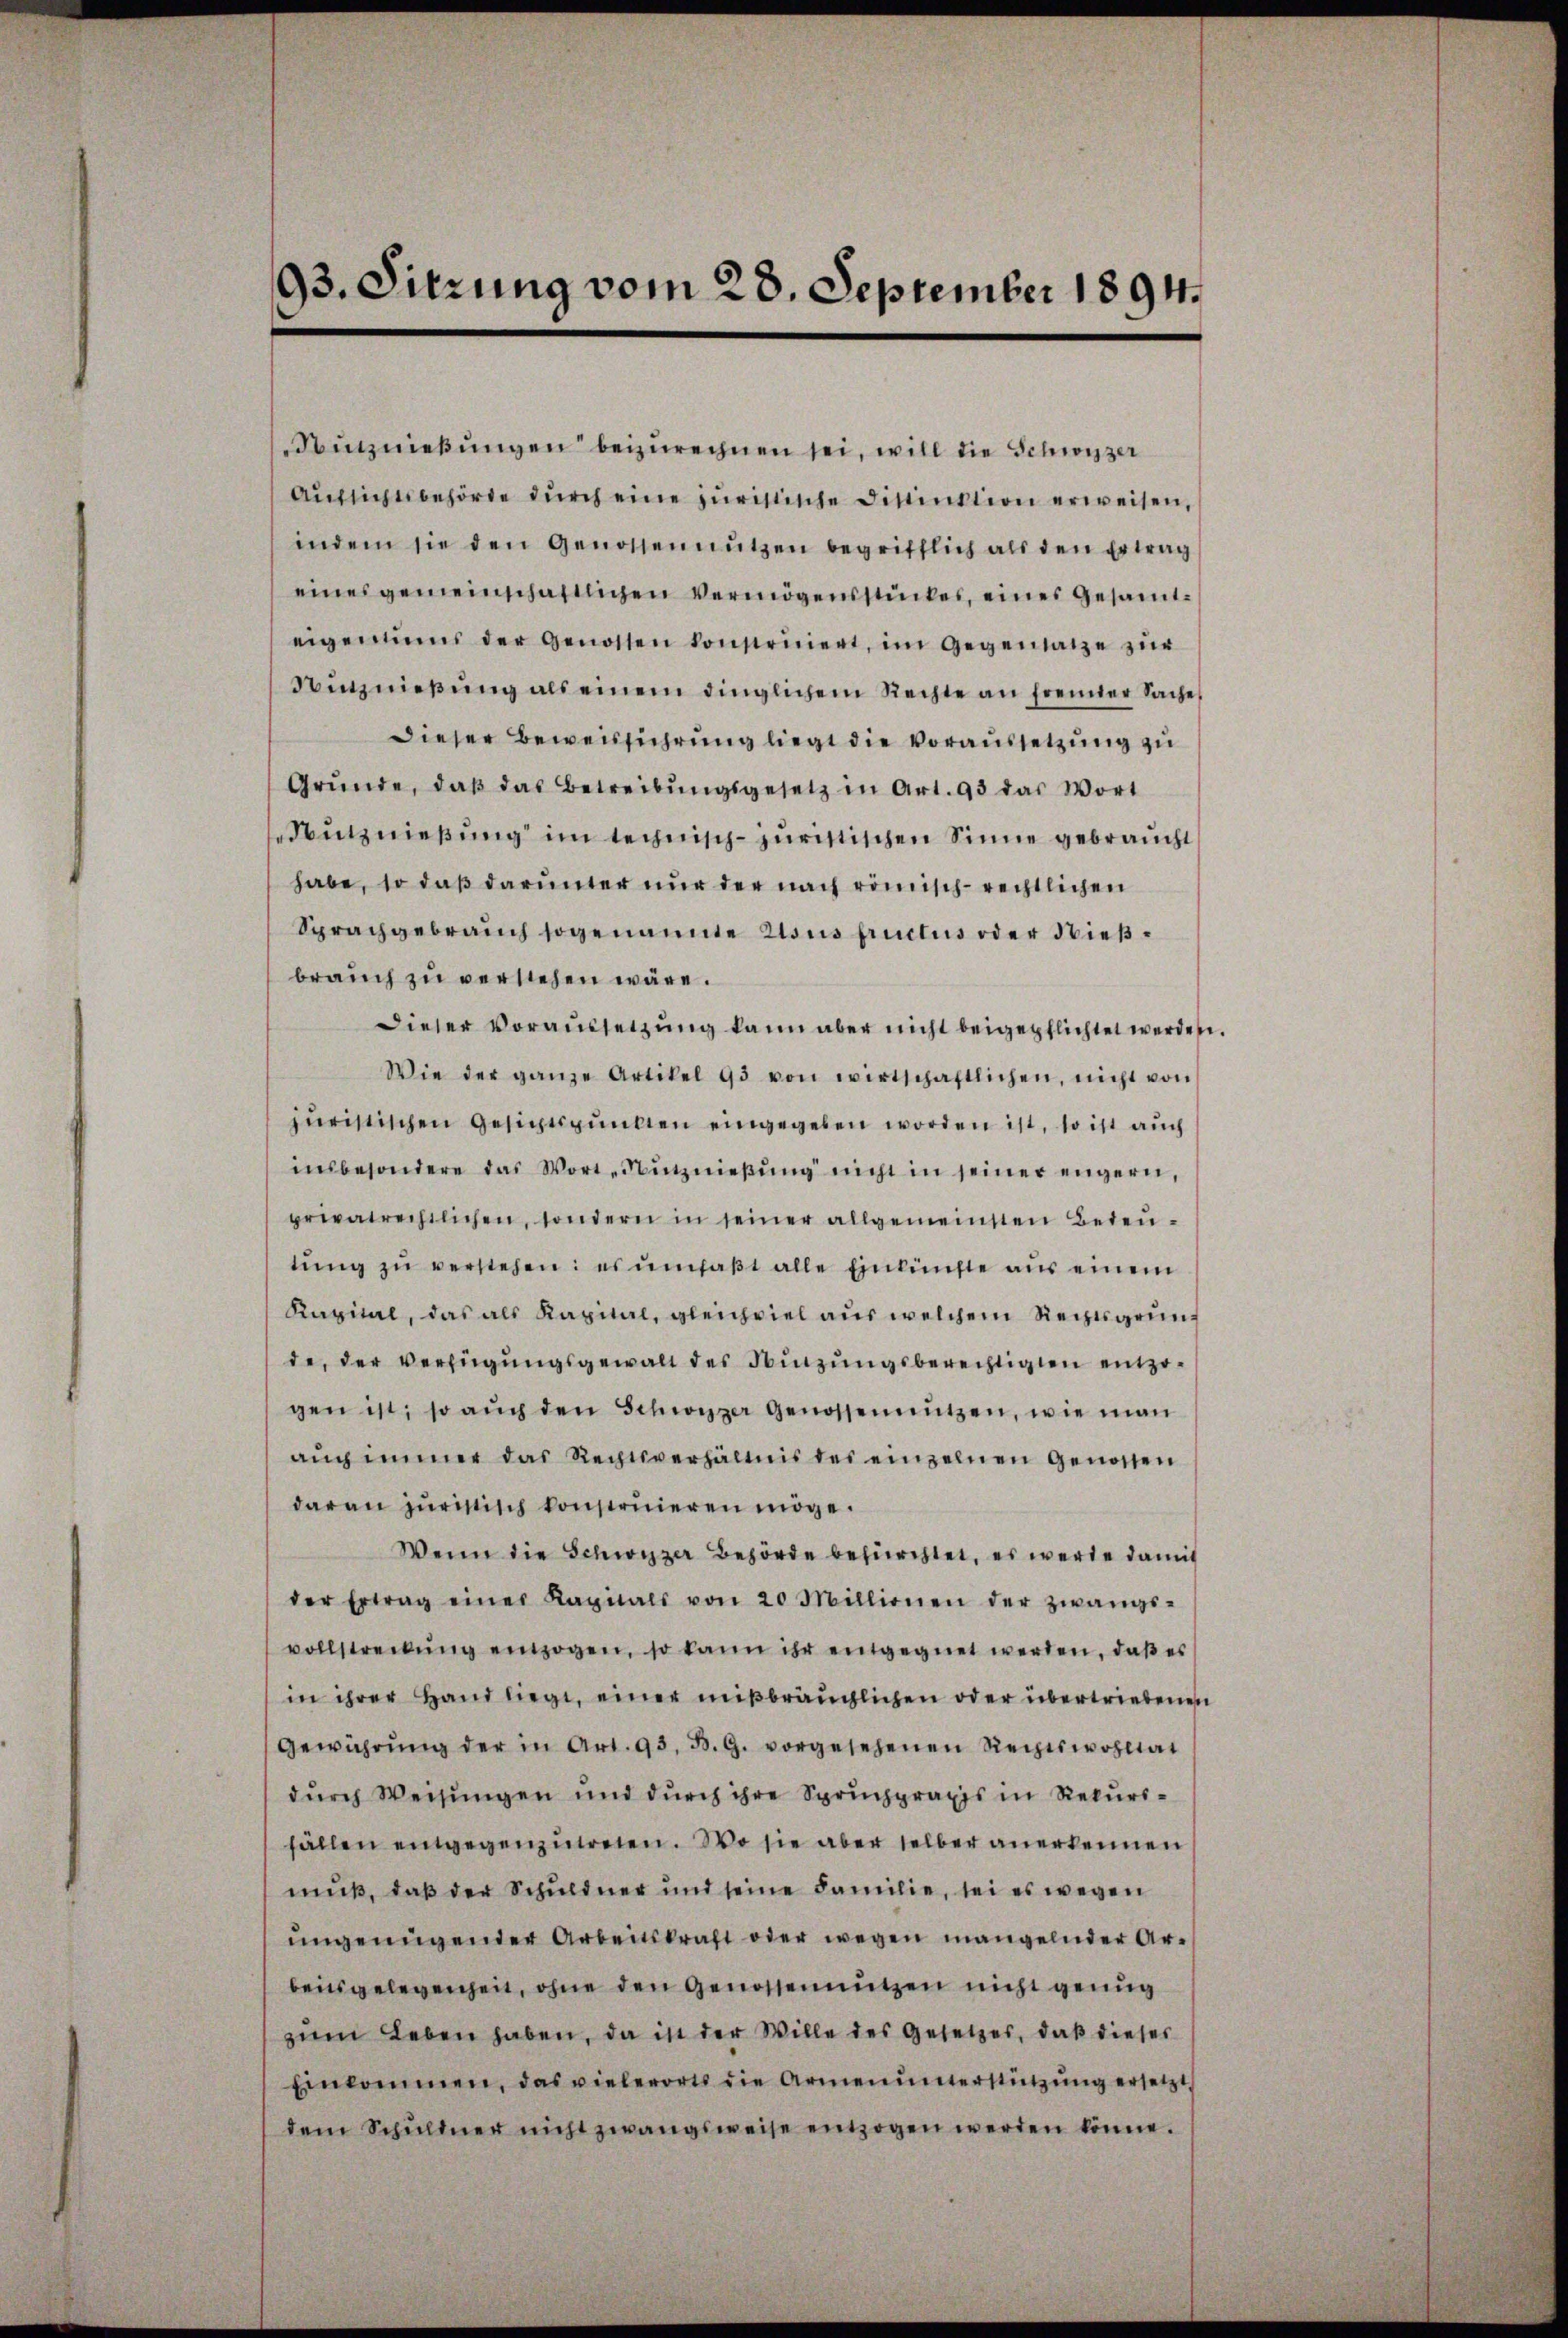
93. Sitzung vom 28. September 1894.

Nutznießungen beizurechnen sei, will die Schwyzer
Aŭfsichtsbehörde dŭrch eine juristische Distinktion erweisen,
indem sie den Genossen nützen begrifflich als den Ertrag
eines gemeinschaftlichen Vermögensstückes, eines Gesamteigentums der Genossen konstruiert, im Gegensatze zur
Wiznieβŭng als einem dinglichem Rechte an fremder Sache
Dieser Beweisführung liegt die Voraussetzung zu
Gründe, daβ das Betreibŭngsgesetz in Art. 93 das Wort
Nutznießung im technisch-juristischen Sinne gebraucht
habe, so daß darunter nur der nach römisch-rechtlichen
Sprachgebrauch sogenannte tous fructus oder dießbrauch zu verstehen wäre.
Dieser Voraussetzung kann aber nicht beigepflichtet werden
Wie der ganze Artikel 93 von wirtschaftlichen, nicht von
juristischen Gesichtspunkten eingegeben worden ist, so ist auch
insbesondere das Wort- Nutznieβŭng nicht in seiner engern,
privatrechtlichen, sondern in seiner allgemeinsten Bedeu-
tŭng zŭ verstehen: es umfaßt alle Einkünfte aus einem
Kapital, das als Kapital, gleichviel aus welchem Rechtsgrunde, der Verfügungsgewalt des Binzungsberechtigten einzigen ist, so auch den Schweizer Genossennutzen, wie man
auch immer das Rechtsverhältnis des einzelnen Genossen
daran juristisch konstruieren möge.
Wenn die Schwyzer Behörde befürchtet, es werde damit
der Ertrag einer Kapitals von 20 Millionen der zwangs-
vollstreckŭng einzogen, so kann ihr entgegnet werden, daβ es
in ihrer Hand liege, einer mißbräuchlichen oder übertriebenen
Gewährŭng der in Art. 93. B. G. vorgesehenen Rechtswohltat
durch Weisungen und durch ihre Spruchpraxis in Rekursfällen entgegenzutreten. Wo sie aber selber anerkennen
muß, daß der Schuldner und seine Familie, sei es wegen
ungenügender Arbeitskraft oder wegen mangelnder Arbeitsgelegenheit, ohne den Genossennützen nicht genug
zum Leben haben, da ist der Wille des Gesetzes, daß dieser
Einkommen, das vielerorts die Armenunterstützŭng ersetzt,
dem Schuldner nicht zwangsweise entzogen werden könne.